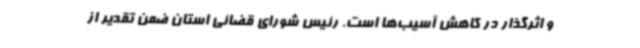
و اثرگذار در کاهش آسیب‌ها است. رئیس شورای قضائی استان ضمن تقدیر از